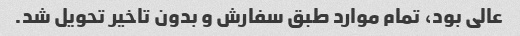
عالی بود، تمام موارد طبق سفارش و بدون تاخیر تحویل شد.